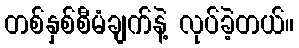
တစ်နှစ်စီမံချက်နဲ့ လုပ်ခဲ့တယ်။